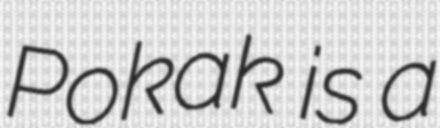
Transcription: Pokak is a